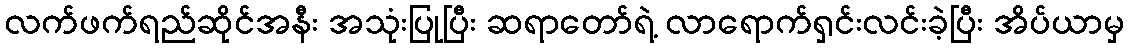
လက်ဖက်ရည်ဆိုင်အနီး အသုံးပြုပြီး ဆရာတော်ရဲ့ လာရောက်ရှင်းလင်းခဲ့ပြီး အိပ်ယာမှ